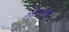
ગોઠવાતા